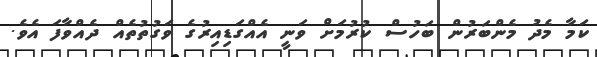
ކަމާ މެދު މެންބަރުން ބަހުސް ކުރުމަށް ވަނީ އެއްގަޑިއިރުގެ ވަގުތުތެއް ދެއްވާފަ އެވެ.